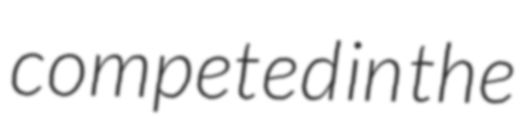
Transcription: competed in the